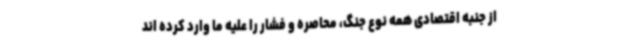
از جنبه اقتصادی همه نوع جنگ، محاصره و فشار را علیه ما وارد کرده اند